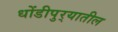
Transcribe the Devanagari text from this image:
धोंडीपुर्‍यातील